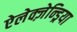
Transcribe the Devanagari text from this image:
ऐलेक्ज़ेन्ड्रिया